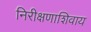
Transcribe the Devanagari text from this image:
निरीक्षणाशिवाय